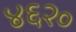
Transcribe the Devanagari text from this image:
४६२०